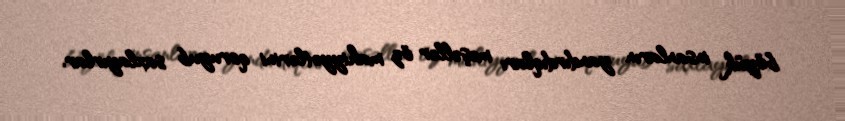
böyük insanların yandırdıqları məşəllər öz mahiyyətlərini qoruyub saxlayırlar.